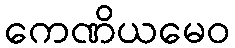
ကေဏိယမေဝ